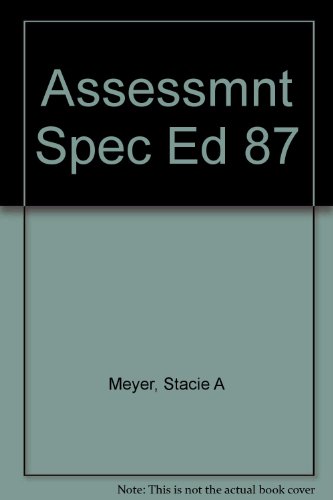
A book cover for Assessment in Special Education; William H. Berdine; Health, Fitness & Dieting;